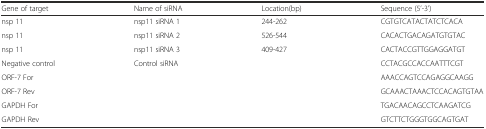
<table><thead><tr><td><b>Gene of target</b></td><td><b>Name of siRNA</b></td><td><b>Location(bp)</b></td><td><b>Sequence (5’-3’)</b></td></tr></thead><tbody><tr><td>nsp 11</td><td>nsp11 siRNA 1</td><td>244-262</td><td>CGTGTCATACTATCTCACA</td></tr><tr><td>nsp 11</td><td>nsp11 siRNA 2</td><td>526-544</td><td>CACACTGACAGATGTGTAC</td></tr><tr><td>nsp 11</td><td>nsp11 siRNA 3</td><td>409-427</td><td>CACTACCGTTGGAGGATGT</td></tr><tr><td>Negative control</td><td>Control siRNA</td><td></td><td>CCTACGCCACCAATTTCGT</td></tr><tr><td>ORF-7 For</td><td></td><td></td><td>AAACCAGTCCAGAGGCAAGG</td></tr><tr><td>ORF-7 Rev</td><td></td><td></td><td>GCAAACTAAACTCCACAGTGTAA</td></tr><tr><td>GAPDH For</td><td></td><td></td><td>TGACAACAGCCTCAAGATCG</td></tr><tr><td>GAPDH Rev</td><td></td><td></td><td>GTCTTCTGGGTGGCAGTGAT</td></tr></tbody></table>